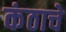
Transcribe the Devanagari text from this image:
कंठाचे